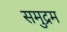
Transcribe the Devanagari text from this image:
समुद्रम